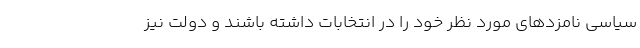
سیاسی نامزدهای مورد نظر خود را در انتخابات داشته باشند و دولت نیز